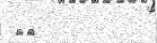
٣٥